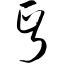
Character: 丐